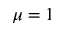
\mu = 1